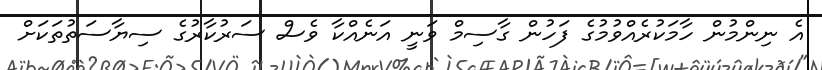
އެ ނިންމުން ހާމަކުރެއްވުމުގެ ފަހުން ގާސިމް ވަނީ އަނެއްކާ ވެސް ސަރުކާރުގެ ސިޔާސަތުތަކަށް